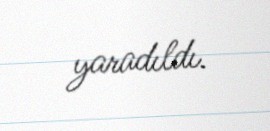
yaradıldı.